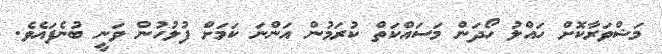
މަޝްވަރާކޮށް ހައްލު ހޯދަން މަސައްކަތް ކުރަމުން އަންނަ ކަމަށް ފުލުހުުން ވަނީ ބުނެފައެވެ.